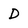
Character: D